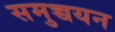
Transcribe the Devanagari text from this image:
समुच्चयन